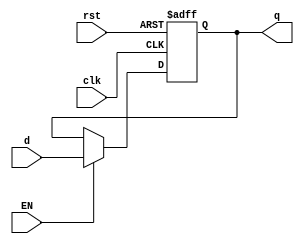
module ENdreg # (parameter WIDTH = 32) (
        input  wire             clk,
        input  wire             rst,
        input  wire             EN,
        input  wire [WIDTH-1:0] d,
        output reg  [WIDTH-1:0] q
    );

    always @ (posedge clk, posedge rst) begin
        if (rst) q <= 0;
        else if(EN) q <= d;
        else q <= q;
    end
endmodule